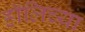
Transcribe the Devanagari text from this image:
हॉलिच्या